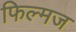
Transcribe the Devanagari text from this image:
फिल्मज